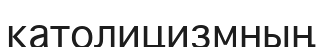
католицизмның